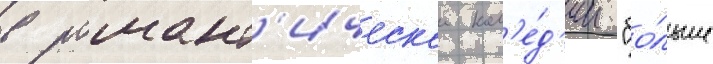
в романт'ическои ком'е́д'ии "бо́льше